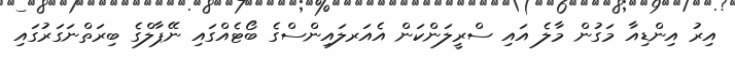
އިރު އިންޑިއާ މަގުން މާލެ އައި ސްރީލަންކަން އެއަރލައިންސްގެ ބޯޓެއްގައި ނޭޕާލްގެ ބިރަތްނަގަރުގައި